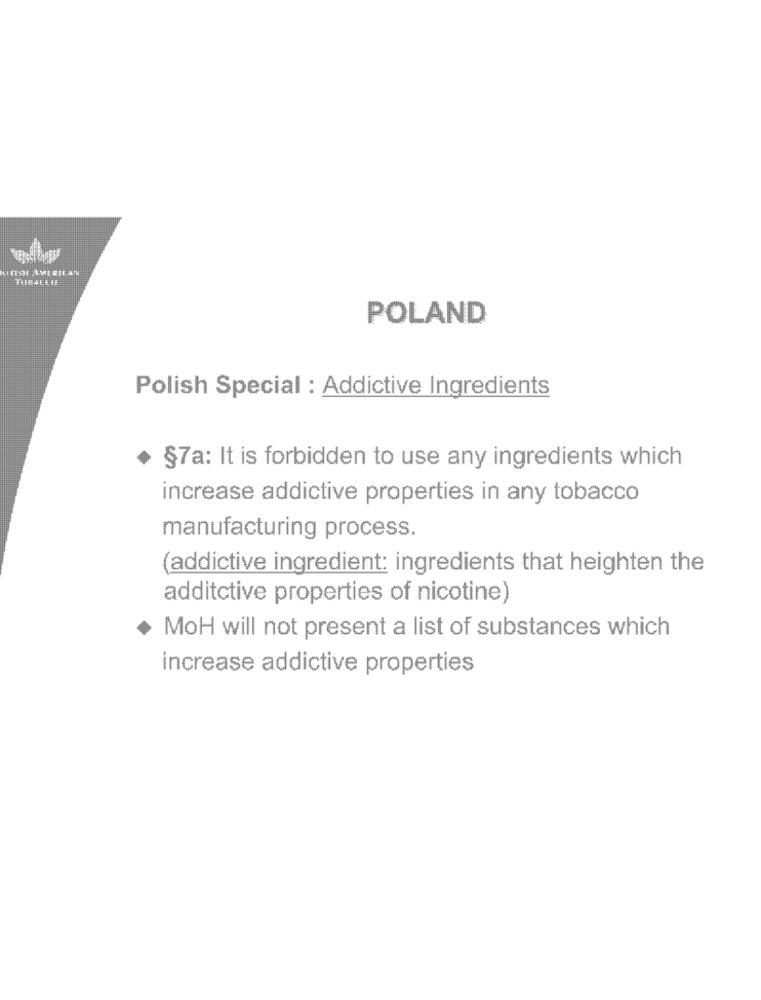
POLAND
Polish Special : Addictive Ingredients
+ §7a: It is forbidden to use any ingredients which
increase addictive properties in any tobacco
manufacturing process.
(addictive ingredient: ingredients that heighten the
additctive properties of nicotine)
MOH will not present a list of substances which
increase addictive properties